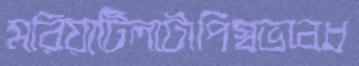
মরিয়াটিলাটাপিস্বভাবধ